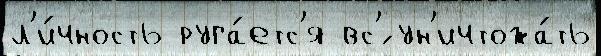
л'и́чность руга́етс'я вс'́ ун'ичтожа́ть